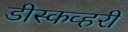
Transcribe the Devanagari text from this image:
डीस्कव्हरी